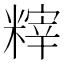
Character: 𥻮